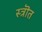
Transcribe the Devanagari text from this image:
स्त्रॊत